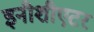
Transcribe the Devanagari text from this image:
इनीशीएटर